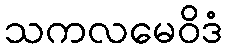
သကလမေဝိဒံ